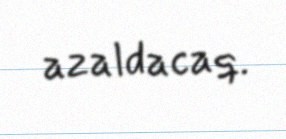
azaldacaq.